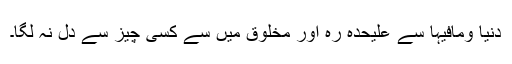
دنیا ومافیہا سے علیحدہ رہ اور مخلوق میں سے کسی چیز سے دل نہ لگا۔